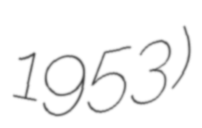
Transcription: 1953)